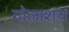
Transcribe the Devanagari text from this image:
गोलाशय